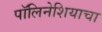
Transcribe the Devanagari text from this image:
पॉलिनेशियाचा